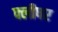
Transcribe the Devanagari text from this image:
फ्लीषर